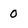
Character: 0